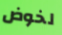
لخوض